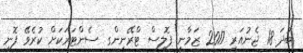
ބުދަ 18 ޖެނުއަރީ 2017 ޒަމާނީ ޕޮލިސް ޓްރޭނިންގ ސެންޓަރަކަށް ކުރެވޭ ފޮނި